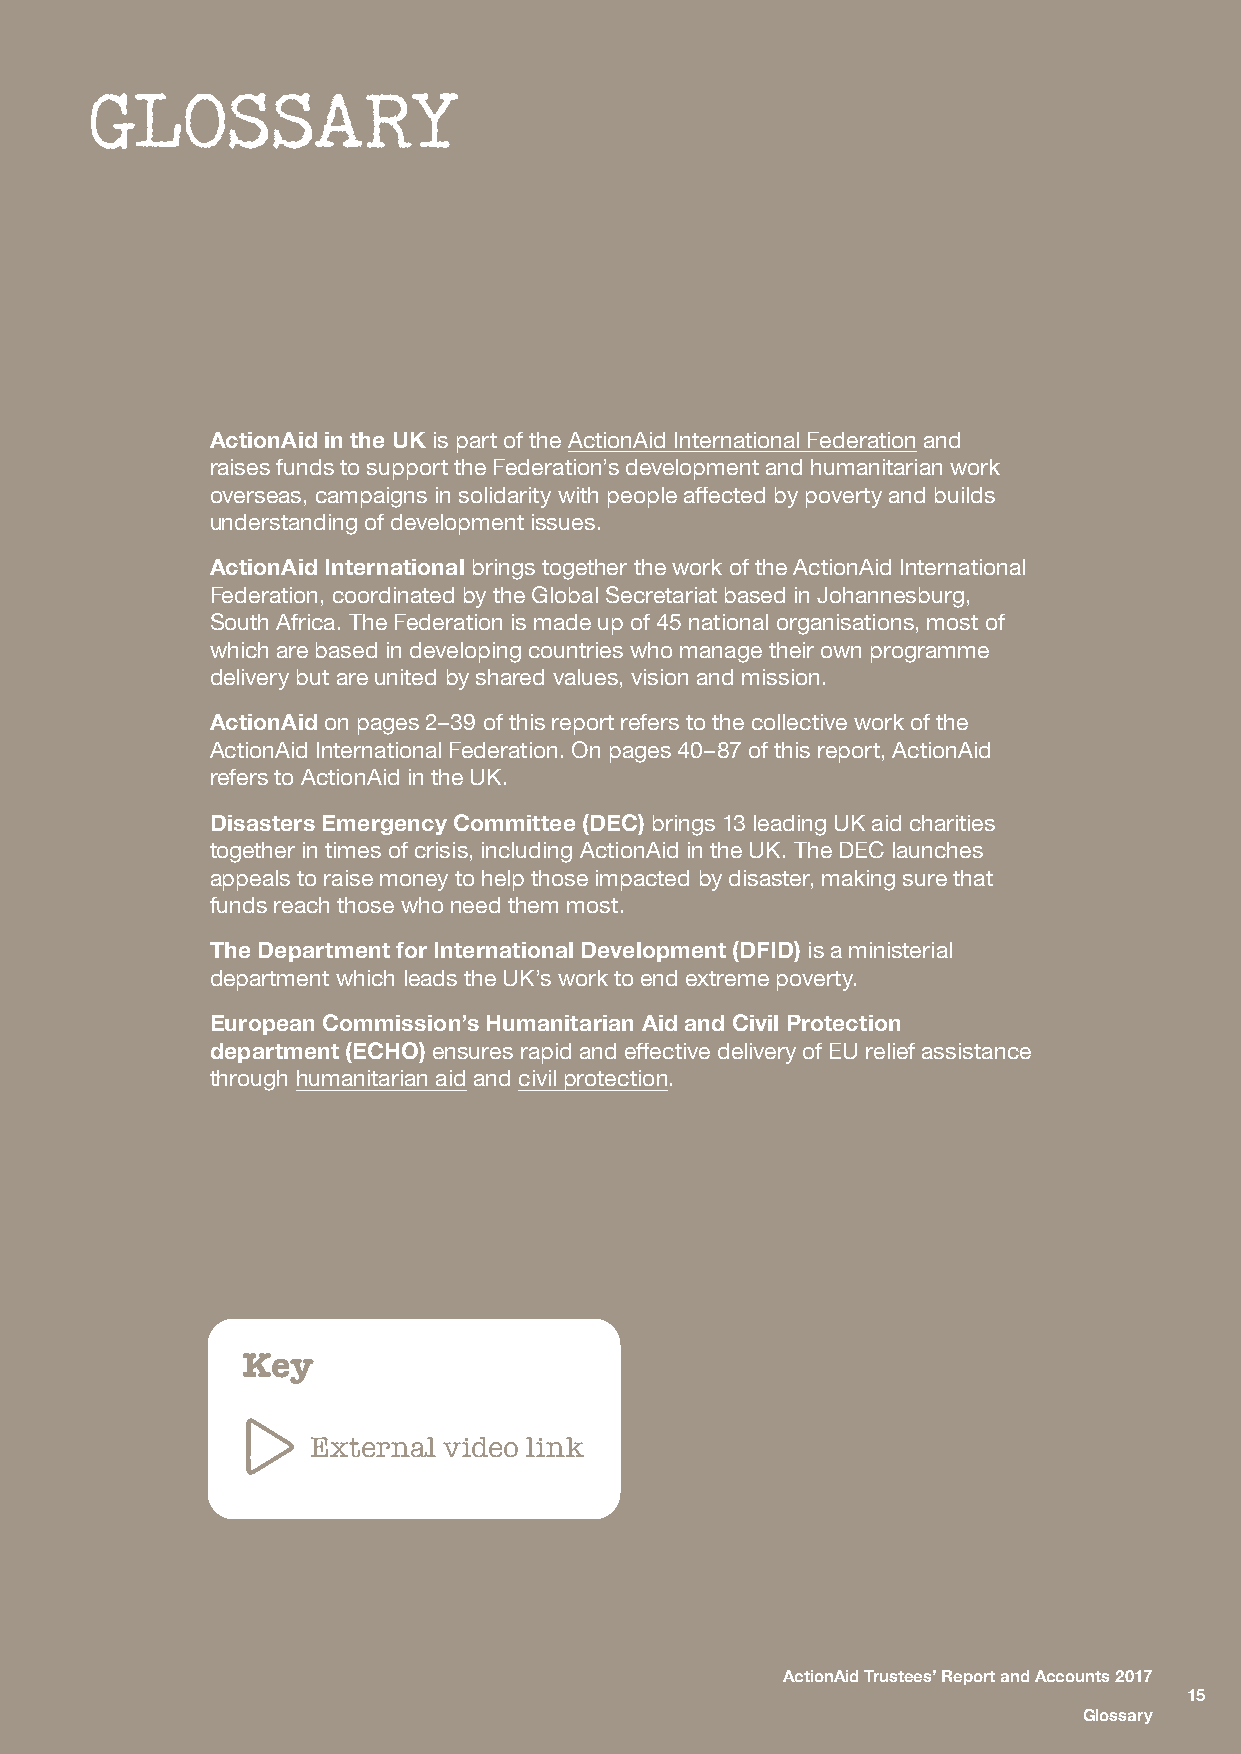
GLOSSARY
 ActionAid in the UK is part of the ActionAid International Federation and
 raises funds to support the Federation’s development and humanitarian work
 overseas, campaigns in solidarity with people affected by poverty and builds
 understanding of development issues.
 ActionAid International brings together the work of the ActionAid International
 Federation, coordinated by the Global Secretariat based in Johannesburg,
 South Africa. The Federation is made up of 45 national organisations, most of
 which are based in developing countries who manage their own programme
 delivery but are united by shared values, vision and mission.
 ActionAid on pages 2–39 of this report refers to the collective work of the
 ActionAid International Federation. On pages 40–87 of this report, ActionAid
 refers to ActionAid in the UK.
 Disasters Emergency Committee (DEC) brings 13 leading UK aid charities
 together in times of crisis, including ActionAid in the UK. The DEC launches
 appeals to raise money to help those impacted by disaster, making sure that
 funds reach those who need them most.
 The Department for International Development (DFID) is a ministerial
 department which leads the UK’s work to end extreme poverty.
 European Commission’s Humanitarian Aid and Civil Protection
 department (ECHO) ensures rapid and effective delivery of EU relief assistance
 through humanitarian aid and civil protection.
 Key
 External video link
 ActionAid Trustees’ Report and Accounts 2017
 15
 Glossary